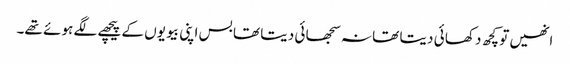
انھیں تو کچھ د کھا ئی د یتا تھا نہ سجھا ئی د یتا تھا بس اپنی بیو یوں کے پیچھے لگے ہو ئے تھے۔